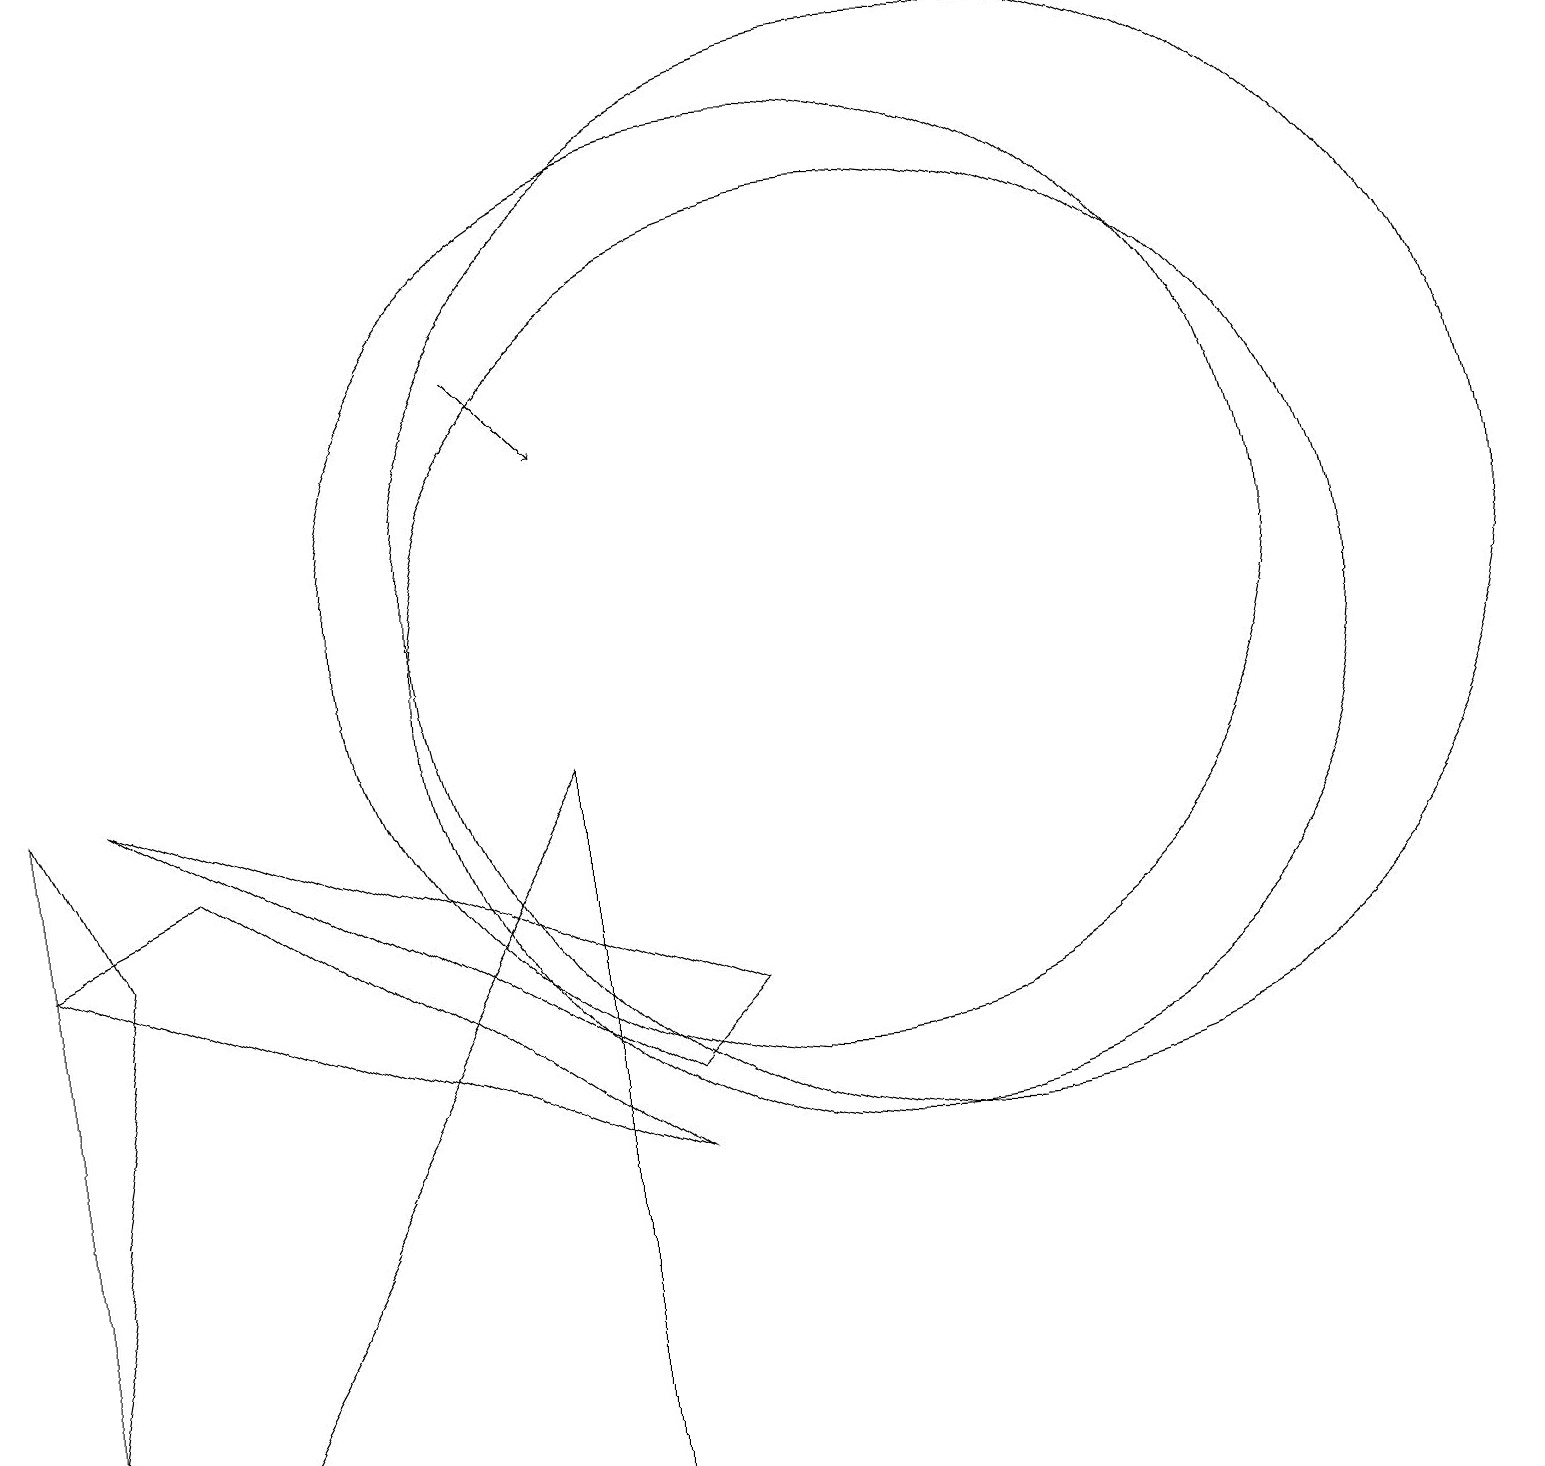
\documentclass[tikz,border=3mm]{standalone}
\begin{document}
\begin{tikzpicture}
\draw (0,7) -- (2,8) -- (8,4) -- cycle;
\draw (0,1) -- (1,7) -- (0,9) -- cycle;
\draw (10,11) circle (6);
\draw[->] (6,14) -- (7,13);
\draw (11,10) circle (6);
\draw (2,0) -- (7,0) -- (7,9) -- cycle;
\draw (12,11) circle (7);
\draw (8,5) -- (9,6) -- (1,9) -- cycle;
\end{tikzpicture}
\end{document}